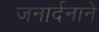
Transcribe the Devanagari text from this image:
जनार्दनाने